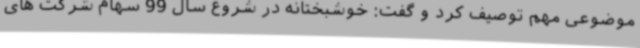
موضوعی مهم توصیف کرد و گفت: خوشبختانه در شروع سال 99 سهام شرکت های